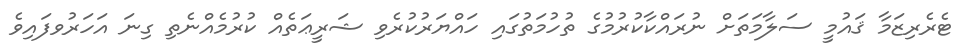
ޓެރެރިޒަމާ ޤައުމީ ސަލާމަތަށް ނުރައްކާކުރުމުގެ ތުހުމަތުގައި ހައްޔަރުކުރެވި ޝަރީޢަތެއް ކުރުމެއްނެތި ގިނަ އަހަރުވފައިވެ